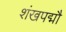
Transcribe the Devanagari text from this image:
शंखपद्मौ